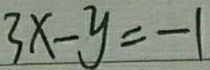
3 x - y = - 1